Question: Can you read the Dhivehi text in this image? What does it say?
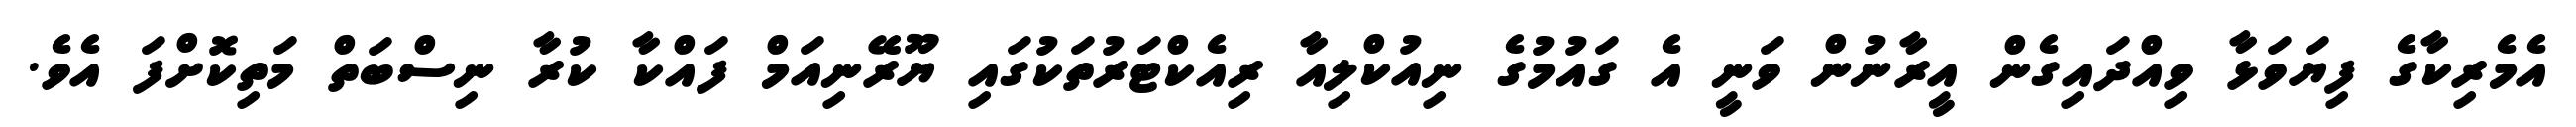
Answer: އެމެރިކާގެ ފިޔަވަޅާ ވިއްދައިގެން އީރާނުން ވަނީ އެ ގައުމުގެ ނިއުކްލިއާ ރިއެކްޓަރުތަކުގައި ޔޫރޭނިއަމް ފައްކާ ކުރާ ނިސްބަތް މަތިކޮށްފަ އެވެ.